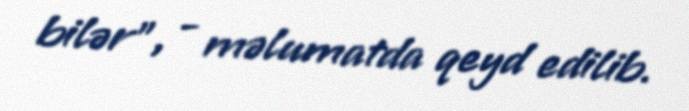
bilər", - məlumatda qeyd edilib.